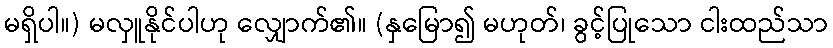
မရှိပါ။) မလှူနိုင်ပါဟု လျှောက်၏။ (နှမြော၍ မဟုတ်၊ ခွင့်ပြုသော ငါးထည်သာ